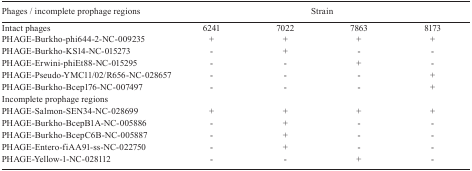
<table><thead><tr><td><b>Phages /incomplete prophage regions</b></td><td colspan="4"><b>Strain</b></td></tr></thead><tbody><tr><td>Intact phages</td><td>6241</td><td>7022</td><td>7863</td><td>8173</td></tr><tr><td>PHAGE-Burkho-phi644-2-NC-009235</td><td>+</td><td>+</td><td>+</td><td>+</td></tr><tr><td>PHAGE-Burkho-KS14-NC-015273</td><td>-</td><td>+</td><td>-</td><td>-</td></tr><tr><td>PHAGE-Erwini-phiEt88-NC-015295</td><td>-</td><td>-</td><td>+</td><td>-</td></tr><tr><td>PHAGE-Pseudo-YMC11/02/R656-NC-028657</td><td>-</td><td>-</td><td>-</td><td>+</td></tr><tr><td>PHAGE-Burkho-Bcep176-NC-007497</td><td>-</td><td>-</td><td>-</td><td>+</td></tr><tr><td>Incomplete prophage regions</td><td colspan="4"> </td></tr><tr><td>PHAGE-Salmon-SEN34-NC-028699</td><td>+</td><td>+</td><td>+</td><td>+</td></tr><tr><td>PHAGE-Burkho-BcepB1A-NC-005886</td><td>-</td><td>+</td><td>-</td><td>-</td></tr><tr><td>PHAGE-Burkho-BcepC6B-NC-005887</td><td>-</td><td>+</td><td>-</td><td>-</td></tr><tr><td>PHAGE-Entero-fiAA91-ss-NC-022750</td><td>-</td><td>+</td><td>-</td><td>-</td></tr><tr><td>PHAGE-Yellow-1-NC-028112</td><td>-</td><td>-</td><td>+</td><td>-</td></tr></tbody></table>